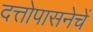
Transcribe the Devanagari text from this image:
दत्तोपासनेचें